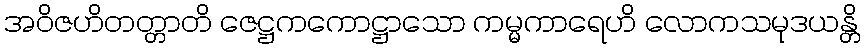
အဝိဇဟိတတ္တာတိ ဇေဋ္ဌကကောဋ္ဌာသော ကမ္မကာရေဟိ လောကသမုဒယန္တိ